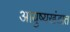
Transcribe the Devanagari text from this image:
आयुष्यखंडात